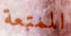
الممتعة